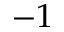
- 1